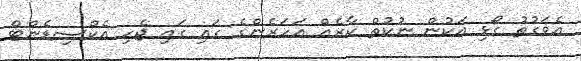
އެވަގުތު ގޯޅި އަކުން ނުކުތް ކާރެއް އަހަރެންގެ ގައި ގައި ޖެހި އެކްސިޑެންޓް